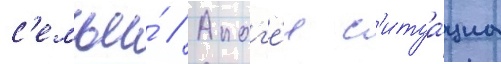
с'емьи́ // Апог'е́я с'итуа́циа